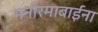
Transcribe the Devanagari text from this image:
मनोरमाबाईंना